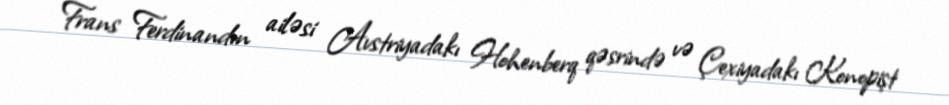
Frans Ferdinandın ailəsi Avstriyadakı Hohenberq qəsrində və Çexiyadakı Konopişt